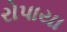
રોપાયા